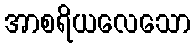
အာစရိယလေသော